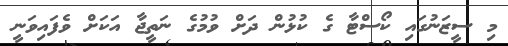
މި ސީޒަނުގައި ކޯސްޓާ ގެ ކުޅުން ދަށް ވުމުގެ ނަތީޖާ އަކަށް ވެފައިވަނީ